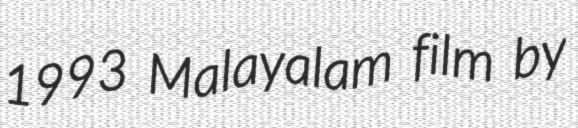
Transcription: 1993 Malayalam film by